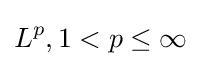
L^{p},1<p\leq \infty